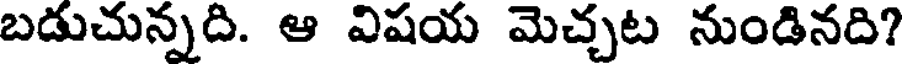
బడుచున్నది. ఆ విషయ మెచ్చట నుండినది?